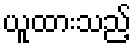
ယူထားသည့်